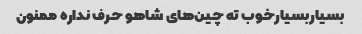
بسیاربسیارخوب ته چین‌های شاهو حرف نداره ممنون